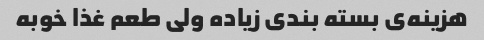
هزینه‌ی بسته بندی زیاده ولی طعم غذا خوبه